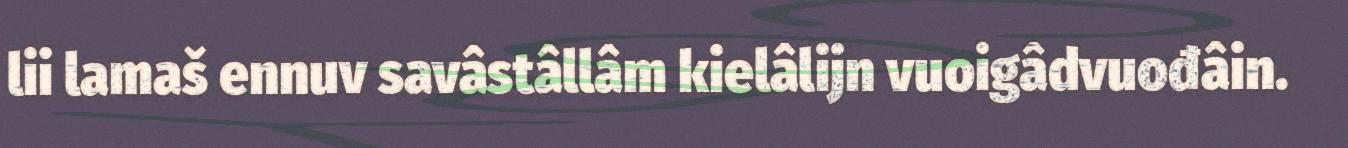
lii lamaš ennuv savâstâllâm kielâlijn vuoigâdvuođâin.